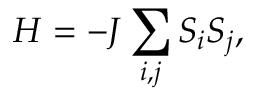
H = - J \sum _ { i , j } S _ { i } S _ { j } ,